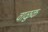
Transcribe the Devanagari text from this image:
वाळुक